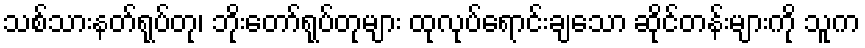
သစ်သားနတ်ရုပ်တု၊ ဘိုးတော်ရုပ်တုများ ထုလုပ်ရောင်းချသော ဆိုင်တန်းများကို သူက